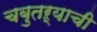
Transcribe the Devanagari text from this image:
चबुतऱ्याची